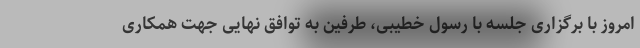
امروز با برگزاری جلسه با رسول خطیبی، طرفین به توافق نهایی جهت همکاری